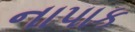
નાપાક